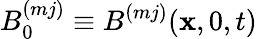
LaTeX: {B}_{0}^{(mj)}\equiv B^{(mj)}(\mathbf{x},0,t)